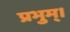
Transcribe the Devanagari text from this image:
प्रभुम्।